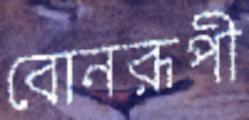
বোনরূপী